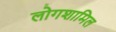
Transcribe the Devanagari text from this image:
लोगशामिल